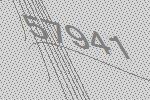
57941